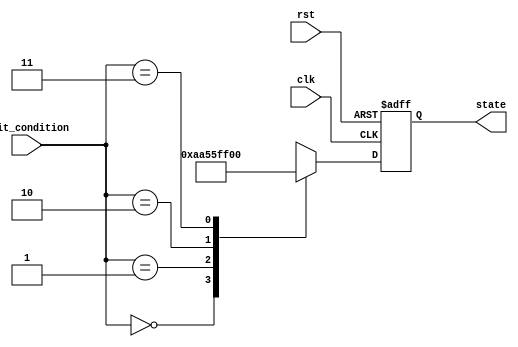
module ConditionalInitialization (
    input wire clk,                  // Clock signal
    input wire rst,                  // Reset signal
    input wire [1:0] init_condition, // Input signal to determine initialization condition
    output reg [7:0] state          // Output state register
);

// Parameters for different initialization values
parameter INIT_STATE_0 = 8'hAA; // Example initialization state 0
parameter INIT_STATE_1 = 8'h55; // Example initialization state 1
parameter INIT_STATE_2 = 8'hFF; // Example initialization state 2
parameter INIT_STATE_3 = 8'h00; // Example initialization state 3

// Internal registers
reg [7:0] internal_state;

// Sequential logic for initialization and state updates
always @(posedge clk or posedge rst) begin
    if (rst) begin
        // On reset, set to a known state
        internal_state <= INIT_STATE_3; // Default reset state
    end else begin
        // Conditional initialization based on init_condition
        case (init_condition)
            2'b00: internal_state <= INIT_STATE_0; // Initialize to state 0
            2'b01: internal_state <= INIT_STATE_1; // Initialize to state 1
            2'b10: internal_state <= INIT_STATE_2; // Initialize to state 2
            2'b11: internal_state <= INIT_STATE_3; // Initialize to state 3
            default: internal_state <= INIT_STATE_3; // Default case
        endcase
    end
end

// Combinatorial logic to drive the output
always @(*) begin
    state = internal_state; // Reflect internal state to output
end

endmodule